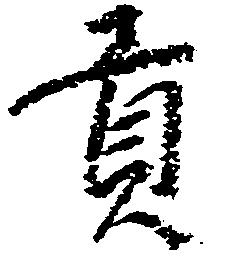
貢